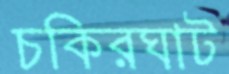
চকিরঘাট